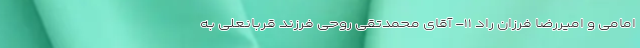
امامی و امیررضا فرزان راد ۱۱- آقای محمدتقی روحی فرزند قربانعلی به